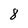
Character: 8